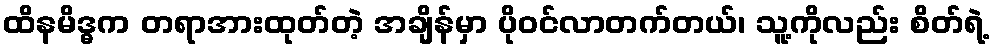
ထိနမိဒ္ဓက တရာအားထုတ်တဲ့ အချိန်မှာ ပိုဝင်လာတက်တယ်၊ သူ့ကိုလည်း စိတ်ရဲ့